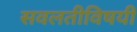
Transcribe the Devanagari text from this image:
सवलतीविषयी